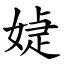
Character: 媫